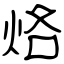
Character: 烙